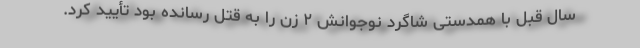
سال قبل با همدستی شاگرد نوجوانش ۲ زن را به قتل رسانده بود تأیید کرد.